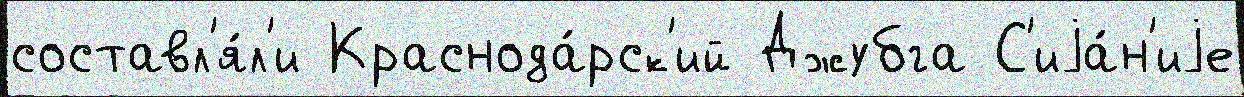
составл'я́л'и Краснода́рск'ий Джубга С'иjа́н'иjе